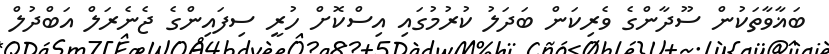
ބަޣާވާތަކުން ސޫދާންގެ ވެރިކަން ބަދަލު ކުރުމުގައި އިސްކޮށް ހުރީ ސިފައިންގެ ޖެނެރަލް އަބްދުލް